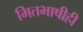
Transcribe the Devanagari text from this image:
मितभाषीही